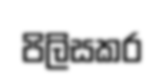
පිලිසකර